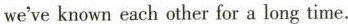
we've known each other for a long time.